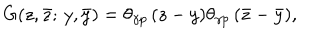
G ( z , \bar { z } ; \, y , \bar { y } ) = \theta _ { \gamma p } \, ( z - y ) \theta _ { \gamma p } \, ( \bar { z } - \bar { y } ) ,